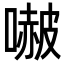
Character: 𭊥